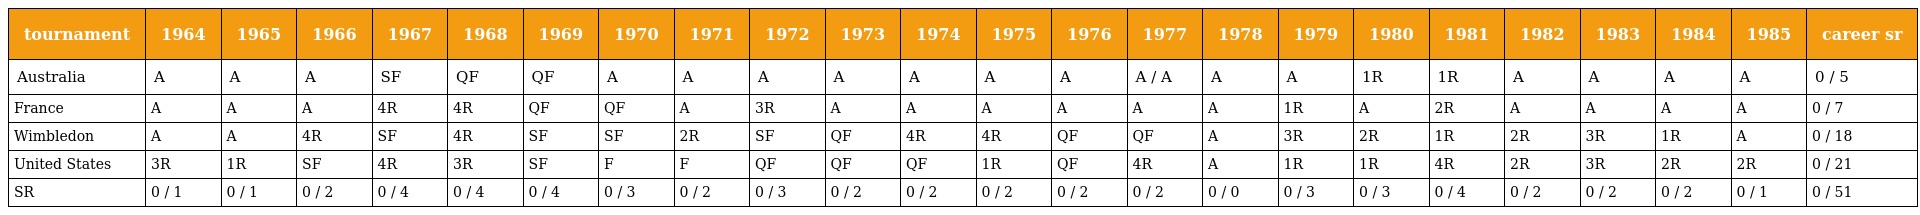
| tournament | 1964 | 1965 | 1966 | 1967 | 1968 | 1969 | 1970 | 1971 | 1972 | 1973 | 1974 | 1975 | 1976 | 1977 | 1978 | 1979 | 1980 | 1981 | 1982 | 1983 | 1984 | 1985 | career sr |
 | --- | --- | --- | --- | --- | --- | --- | --- | --- | --- | --- | --- | --- | --- | --- | --- | --- | --- | --- | --- | --- | --- | --- | --- |
 | Australia | A | A | A | SF | QF | QF | A | A | A | A | A | A | A | A / A | A | A | 1R | 1R | A | A | A | A | 0 / 5 |
 | France | A | A | A | 4R | 4R | QF | QF | A | 3R | A | A | A | A | A | A | 1R | A | 2R | A | A | A | A | 0 / 7 |
 | Wimbledon | A | A | 4R | SF | 4R | SF | SF | 2R | SF | QF | 4R | 4R | QF | QF | A | 3R | 2R | 1R | 2R | 3R | 1R | A | 0 / 18 |
 | United States | 3R | 1R | SF | 4R | 3R | SF | F | F | QF | QF | QF | 1R | QF | 4R | A | 1R | 1R | 4R | 2R | 3R | 2R | 2R | 0 / 21 |
 | SR | 0 / 1 | 0 / 1 | 0 / 2 | 0 / 4 | 0 / 4 | 0 / 4 | 0 / 3 | 0 / 2 | 0 / 3 | 0 / 2 | 0 / 2 | 0 / 2 | 0 / 2 | 0 / 2 | 0 / 0 | 0 / 3 | 0 / 3 | 0 / 4 | 0 / 2 | 0 / 2 | 0 / 2 | 0 / 1 | 0 / 51 |